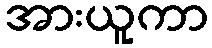
အားယူကာ